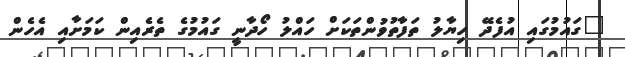
"ގައުމުގައި އުފެދޭ ހިޔާލު ތަފާތުވުންތަކަށް ހައްލު ހޯދާނީ ގައުމުގެ ތެރެއިން ކަމަށާއި އެހެން